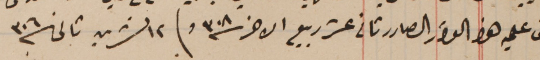
ما بُنى عليه هذا القرار الصادر ثانى عشر ربيع الاخر  سنة ٣٠٨ وفى ١٢ تشرين ثانى سنة ٣٠٦